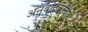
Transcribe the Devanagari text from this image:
अनुवादकांचीही